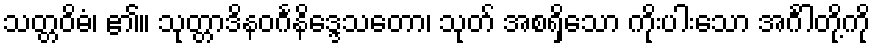
သတ္တဝိဓံ၊ ၏။ သုတ္တာဒိနဝင်္ဂနိဒ္ဒေသတော၊ သုတ် အစရှိသော ကိုးပါးသော အင်္ဂါတို့ကို